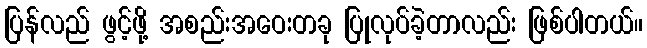
ပြန်လည် ဖွင့်ဖို့ အစည်းအဝေးတခု ပြုလုပ်ခဲ့တာလည်း ဖြစ်ပါတယ်။